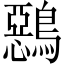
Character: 𪅴